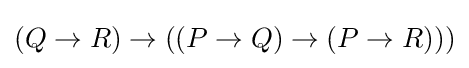
(Q\to R)\to ((P\to Q)\to (P\to R)))